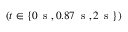
\left( t \in \{ 0 \, \mathrm { ~ s ~ } , 0 . 8 7 \, \mathrm { ~ s ~ } , 2 \, \mathrm { ~ s ~ } \} \right)